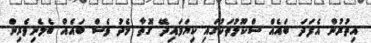
އިތުރުން އެފަދަ ބައެއް ސްކޫލުތަކުގައި ކިޔަވައިދޭ ގޮތާ މެދު ވެސް ބައެއް ބެލެނިވެރިން